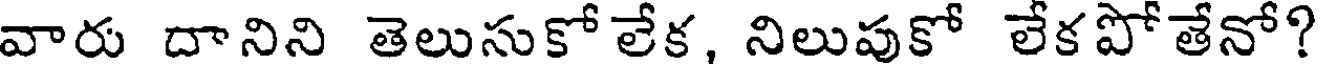
వారు దానిని తెలుసుకో లేక, నిలుపుకో లేకపోతేనో?